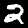
Label: 2